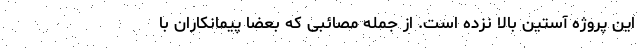
این پروژه آستین بالا نزده است. از جمله مصائبی که بعضا پیمانکاران با